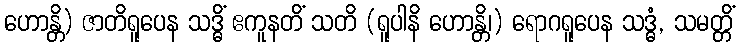
ဟောန္တိ) ဇာတိရူပေန သဒ္ဓိံ ဧကူနတိံ သတိ (ရူပါနိ ဟောန္တိ၊) ရောဂရူပေန သဒ္ဓံ, သမတ္တိံ